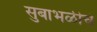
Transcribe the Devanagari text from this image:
सुबाभळीचे